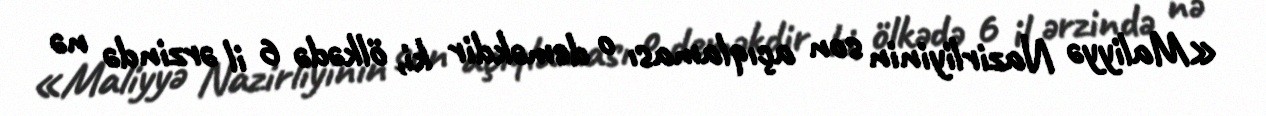
«Maliyyə Nazirliyinin son açıqlaması o deməkdir ki, ölkədə 6 il ərzində nə